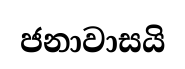
ජනාවාසයි